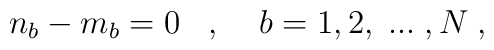
n_b - m_b = 0 \; \; \; , \; \; \; \; b = 1,2, \; ... \; , N \; ,